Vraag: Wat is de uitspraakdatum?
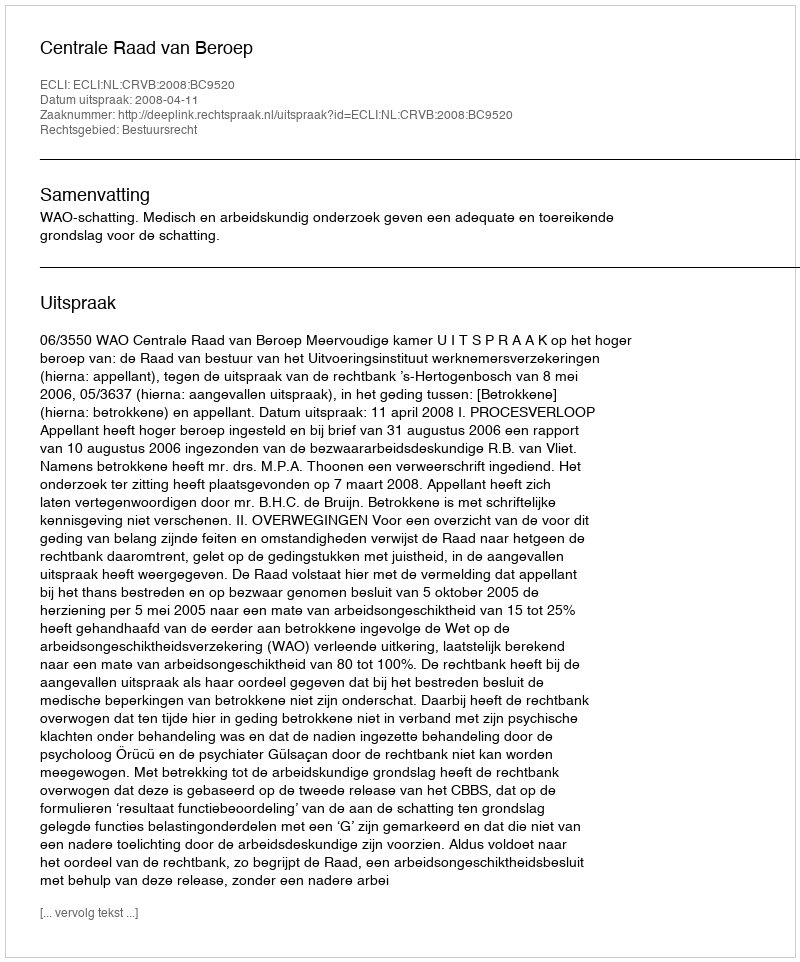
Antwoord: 2008-04-11